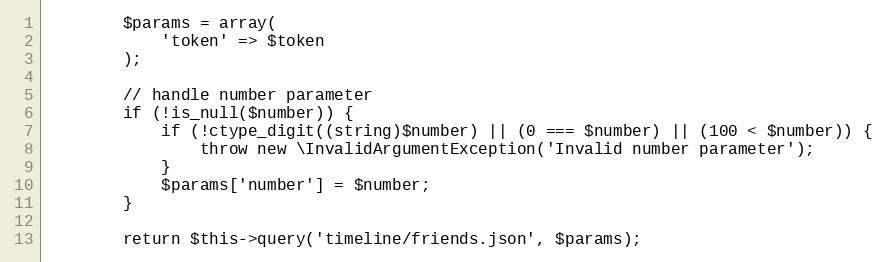
Language: PHP
        $params = array(
            'token' => $token
        );

        // handle number parameter
        if (!is_null($number)) {
            if (!ctype_digit((string)$number) || (0 === $number) || (100 < $number)) {
                throw new \InvalidArgumentException('Invalid number parameter');
            }
            $params['number'] = $number;
        }

        return $this->query('timeline/friends.json', $params);